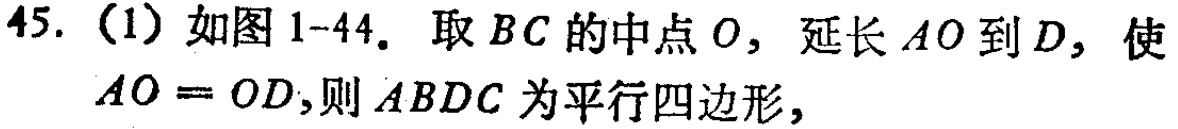
45. (1) 如图 1-44. 取 \(BC\) 的中点 \(O\)，延长 \(AO\) 到 \(D\)，使 \(AO = OD\)，则 \(ABDC\) 为平行四边形，